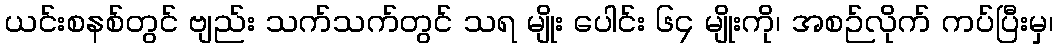
ယင်းစနစ်တွင် ဗျည်း သက်သက်တွင် သရ မျိုး ပေါင်း ၆၄ မျိုးကို၊ အစဉ်လိုက် ကပ်ပြီးမှ၊